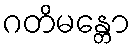
ဂတိမန္တော